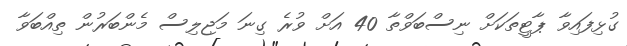
ގުޅިފައިވާ ޕާޓީތަކަށް ނިސްބަވްތާ 40 އަށް ވުރެ ގިނަ މަޖިލިސް މެންބަރުން ތިއްބަވާ